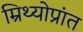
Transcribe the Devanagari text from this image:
म्रिथ्योप्रांत